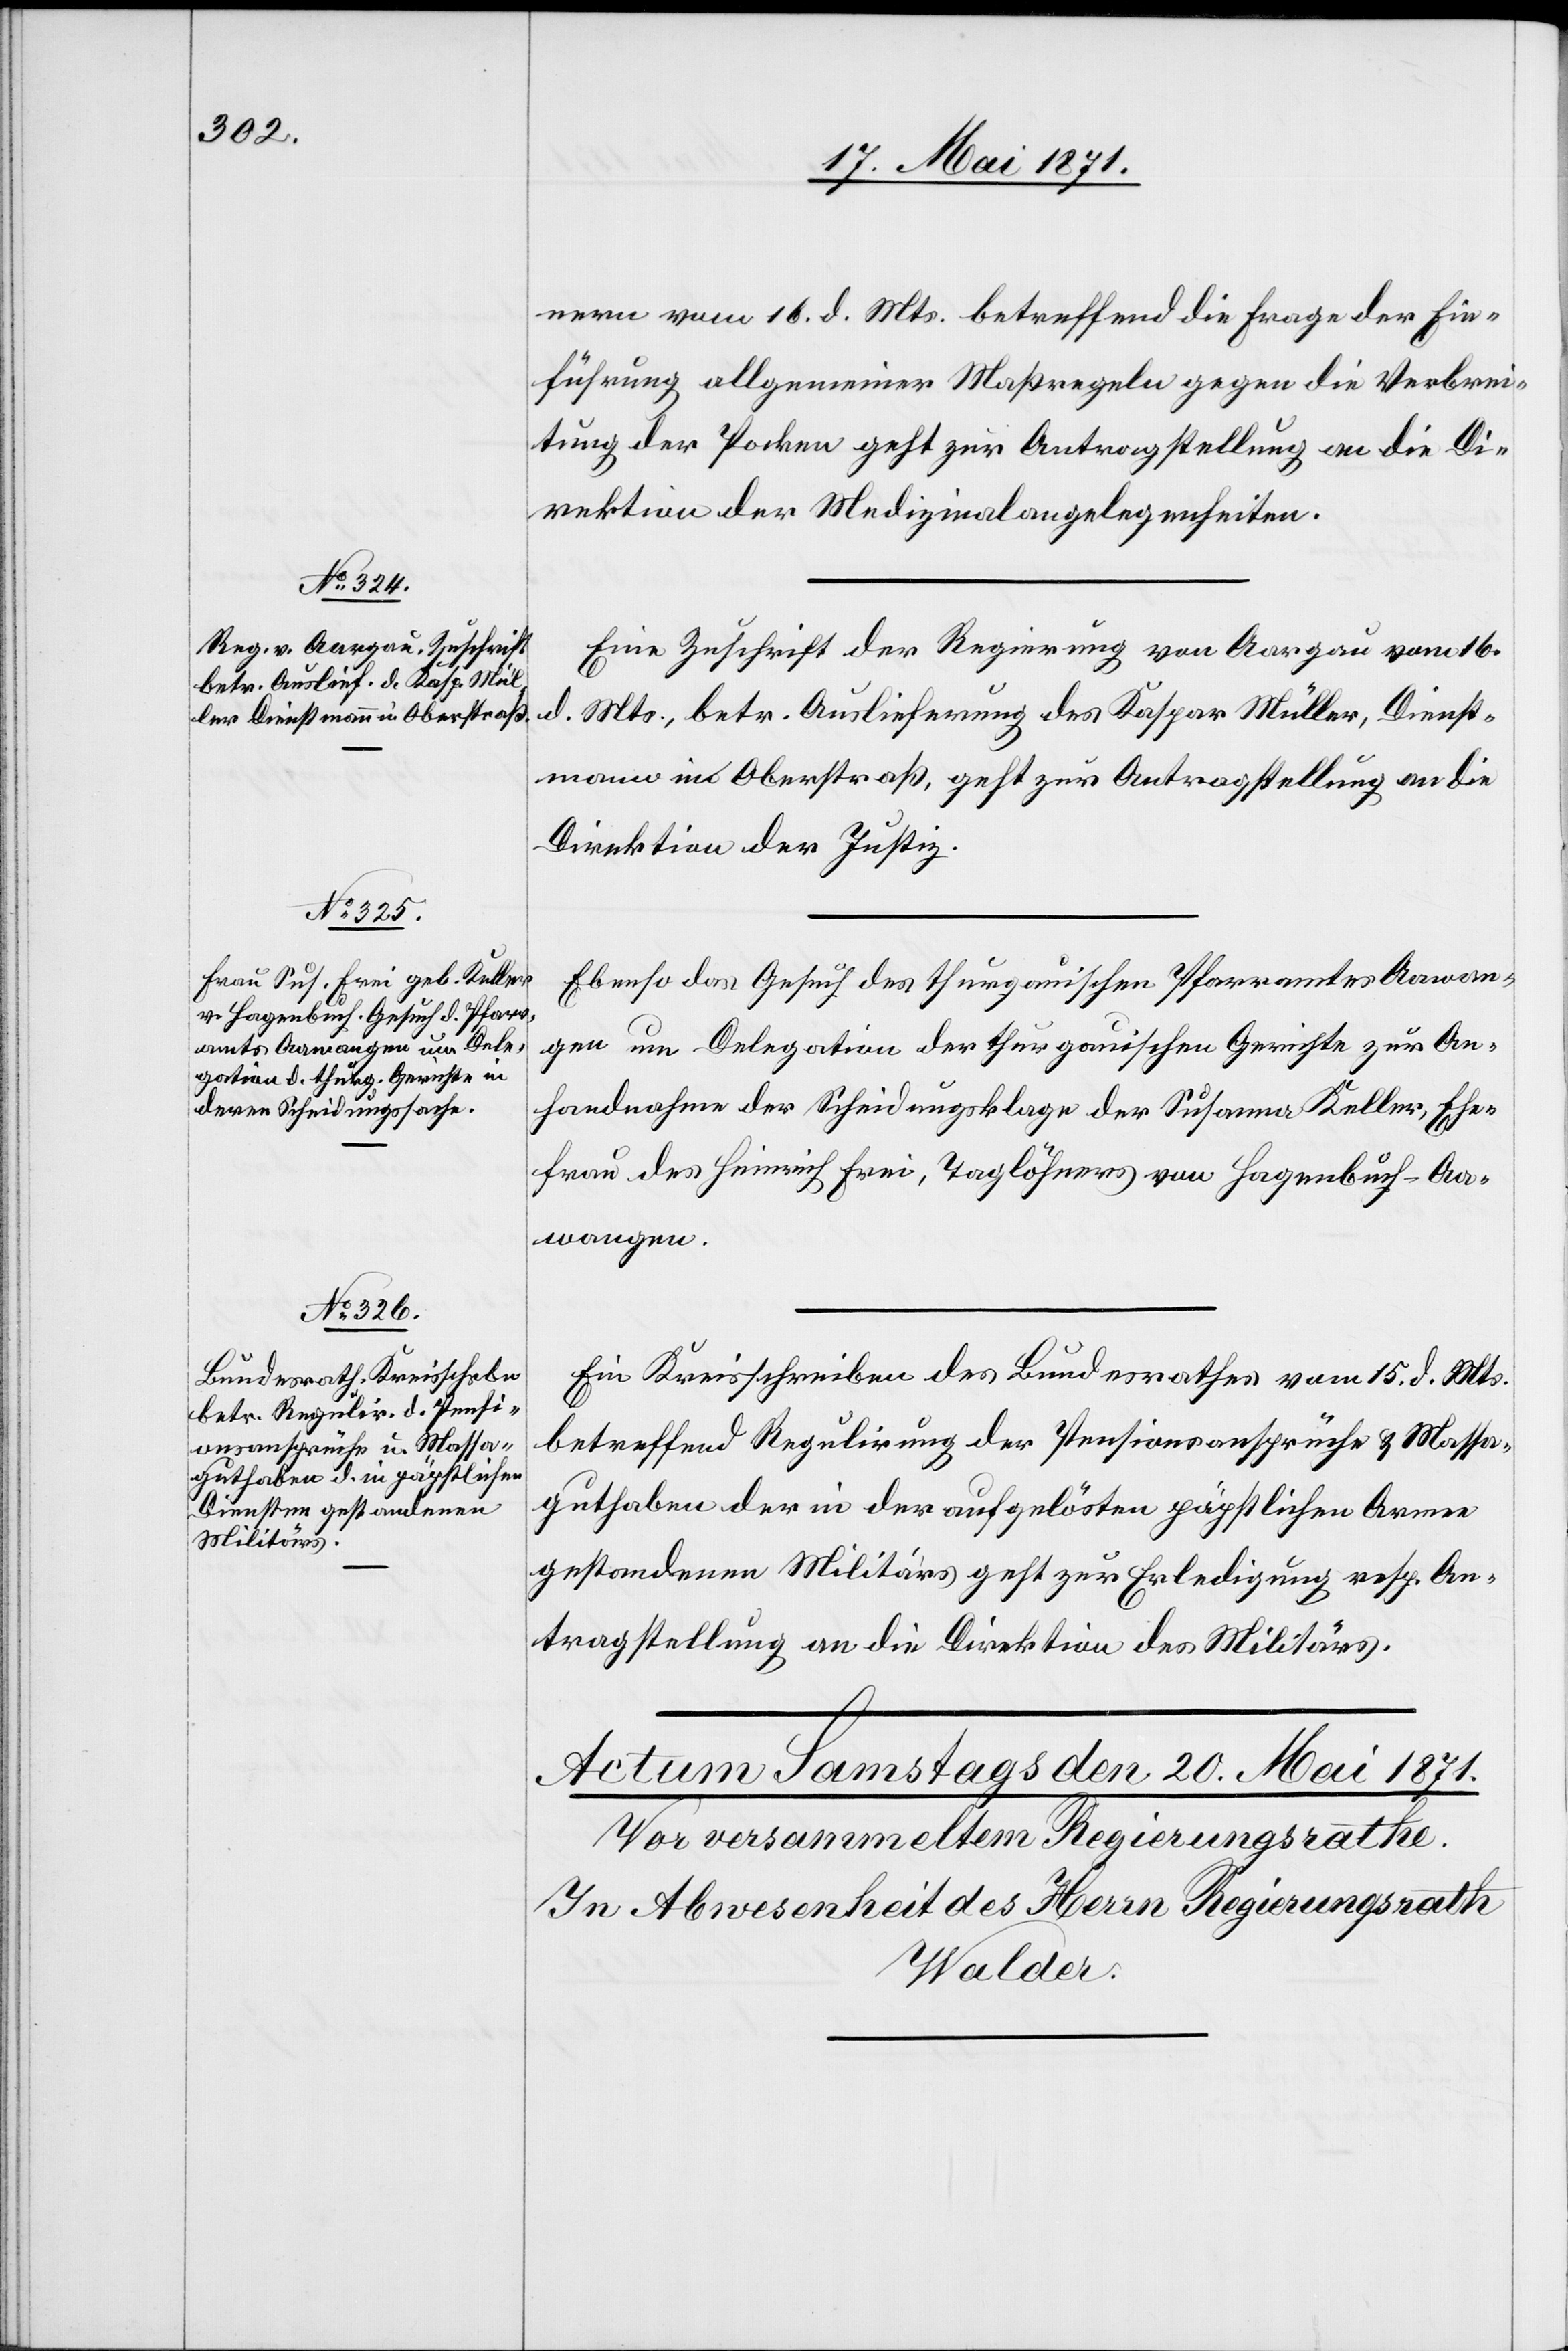
18. Mai 1871.]
nern vom 16. d. Mts. betreffend die Frage der Ein¬
führung allgemeiner Maßregeln gegen die Verbrei¬
tung der Pocken geht zur Antragstellung an die Di¬
rektion der Medizinalangelegenheiten.
Eine Zuschrift der Regierung von Aargau vom 16.
d.
Mts., betr. Auslieferung des Kaspar Müller, Dienst¬
mann in Oberstraß, geht zur Antragstellung an die
Direktion der Justiz.
Ebenso das Gesuch des thurgauischen Pfarramtes Aawan¬
gen um Delegation der thurgauischen Gerichte zur An¬
handnahme der Scheidungsklage der Susanna Keller, Ehe¬
frau des Heinrich Frei, Taglöhner von Hagenbuch-Aa¬
wangen.
Ein Kreisschreiben des Bundesrathes vom 15. d. Mts.
betreffend Regulirung der Pensionsansprüche u. Massa¬
guthaben der in der aufgelösten päpstlichen Armee
gestorbenen Militärs geht zur Erledigung resp. An¬
tragstellung an die Direktion des Militärs.